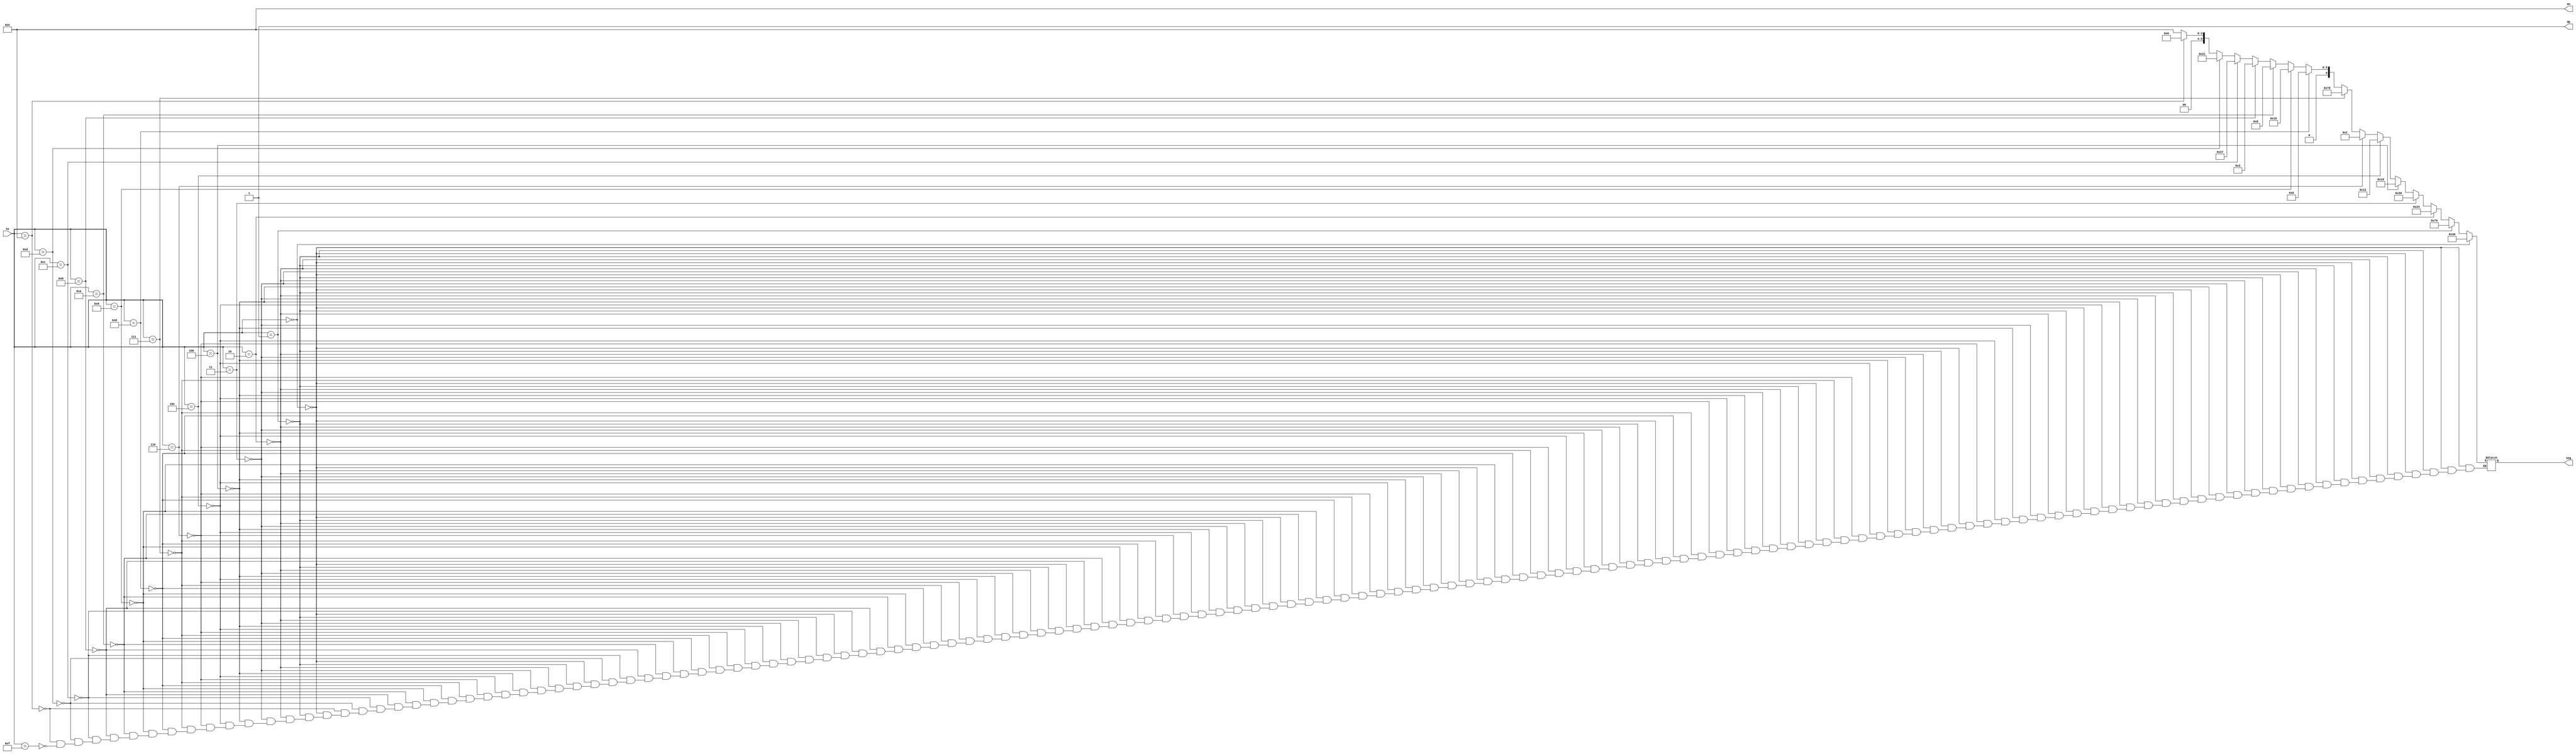
`timescale 1ns / 1ps

module seven_seg_matrix(
    input [3:0] sw,
    output reg [6:0] seg,
    output dp,
    output [3:0] an
    );
    assign an = 4'b1110;
    assign dp = 1'b1;
    
    // for simulation
    //initial
    //    seg = 7'b1000000;
    
    always @(sw)
    begin
        if (sw == 4'h0) seg = 7'b1000000;
        else if (sw == 4'h1) seg = 7'b1111001;
        else if (sw == 4'h2) seg = 7'b0100100;
        else if (sw == 4'h3) seg = 7'b0110000;
        else if (sw == 4'h4) seg = 7'b0011001;
        else if (sw == 4'h5) seg = 7'b0010010;
        else if (sw == 4'h6) seg = 7'b0000010;
        else if (sw == 4'h7) seg = 7'b1111000;
        else if (sw == 4'h8) seg = 7'b0000000;
        else if (sw == 4'h9) seg = 7'b0010000;
        else if (sw == 4'ha) seg = 7'b0001000;
        else if (sw == 4'hb) seg = 7'b0000011;
        else if (sw == 4'hc) seg = 7'b0100111;
        else if (sw == 4'hd) seg = 7'b0100001;
        else if (sw == 4'he) seg = 7'b0000110;
        else if (sw == 4'hf) seg = 7'b0001110; 
    end

endmodule